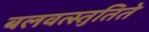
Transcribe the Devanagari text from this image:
बलवत्स्तुतिते